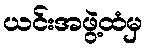
ယင်းအဖွဲ့ထံမှ